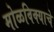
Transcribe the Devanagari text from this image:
मोळविक्याचे